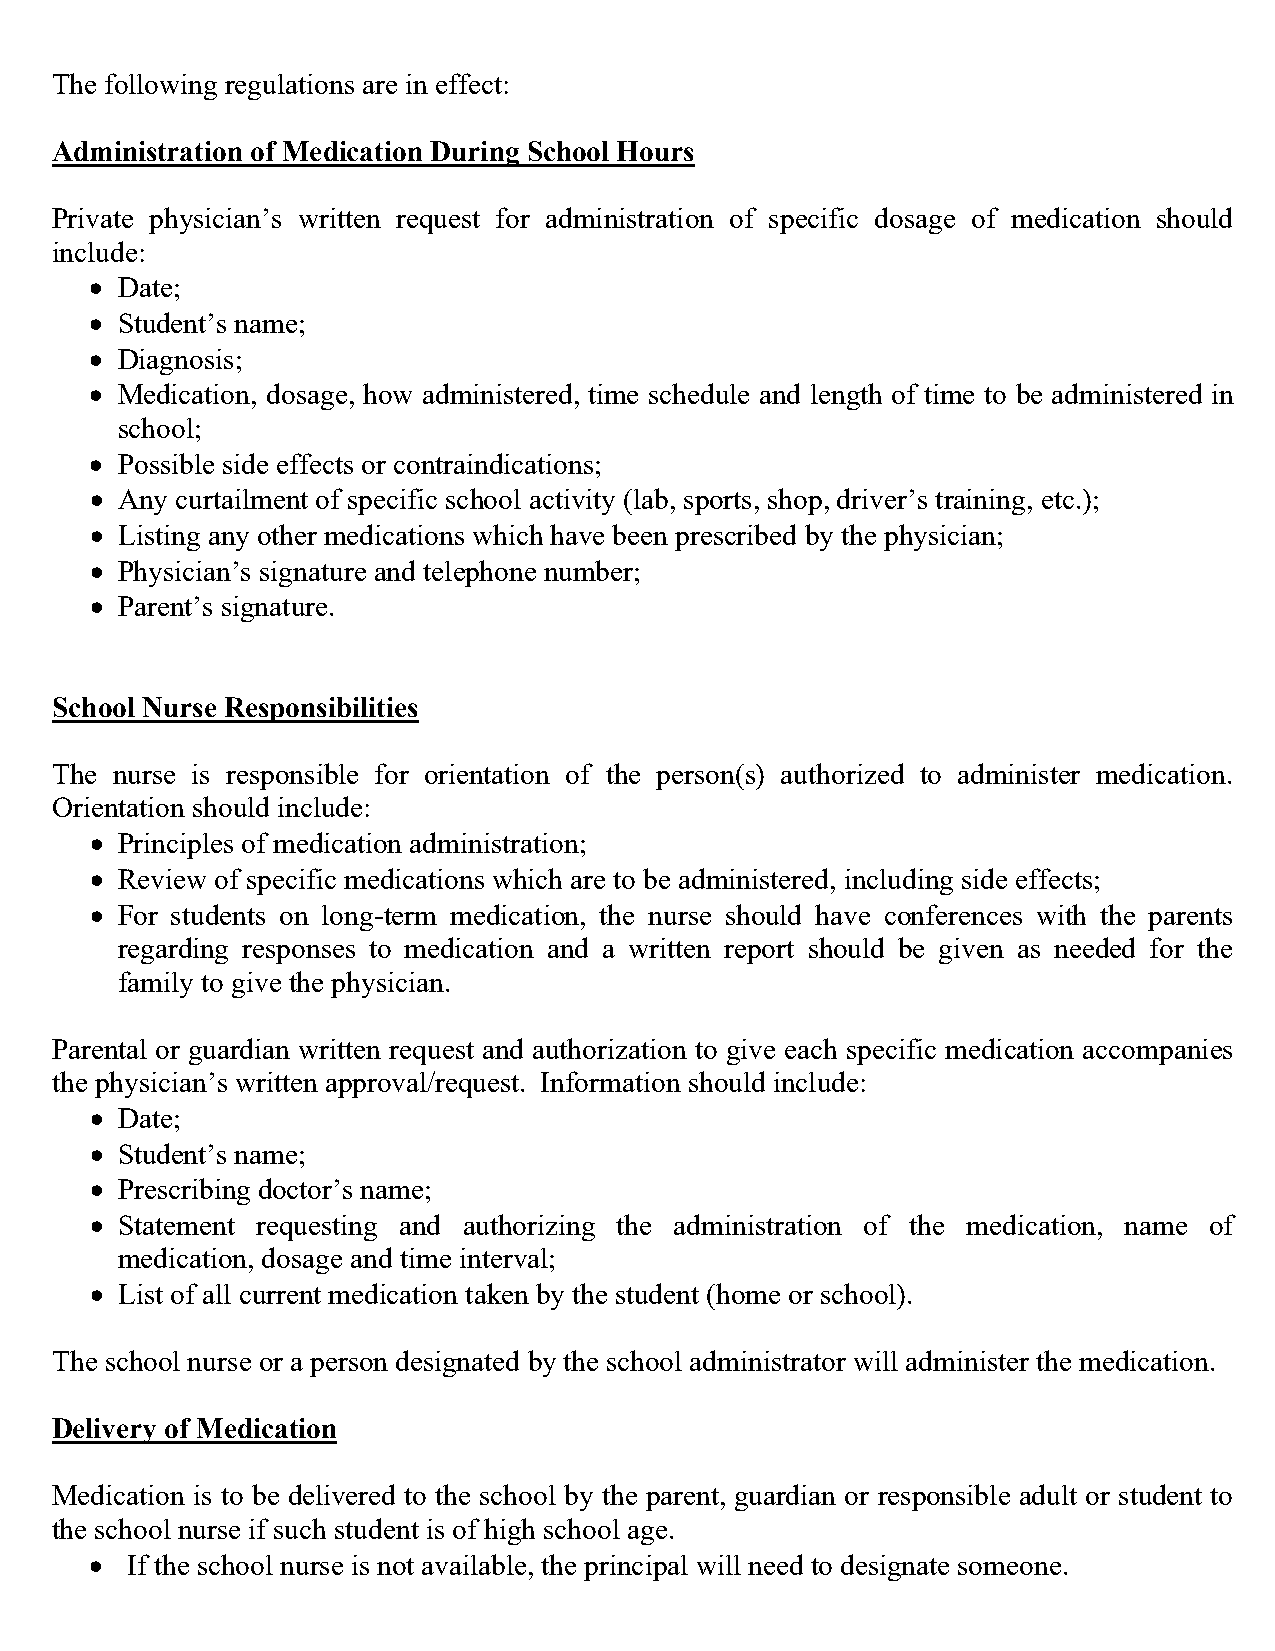
The following regulations are in effect:
 Administration of Medication During School Hours
 Private physician’s written request for administration of specific dosage of medication should
 include:
 • Date;
 • Student’s name;
 • Diagnosis;
 • Medication, dosage, how administered, time schedule and length of time to be administered in
 school;
 • Possible side effects or contraindications;
 • Any curtailment of specific school activity (lab, sports, shop, driver’s training, etc.);
 • Listing any other medications which have been prescribed by the physician;
 • Physician’s signature and telephone number;
 • Parent’s signature.
 School Nurse Responsibilities
 The nurse is responsible for orientation of the person(s) authorized to administer medication.
 Orientation should include:
 • Principles of medication administration;
 • Review of specific medications which are to be administered, including side effects;
 • For students on long-term medication, the nurse should have conferences with the parents
 regarding responses to medication and a written report should be given as needed for the
 family to give the physician.
 Parental or guardian written request and authorization to give each specific medication accompanies
 the physician’s written approval/request. Information should include:
 • Date;
 • Student’s name;
 • Prescribing doctor’s name;
 • Statement requesting and authorizing the administration of the medication, name of
 medication, dosage and time interval;
 • List of all current medication taken by the student (home or school).
 The school nurse or a person designated by the school administrator will administer the medication.
 Delivery of Medication
 Medication is to be delivered to the school by the parent, guardian or responsible adult or student to
 the school nurse if such student is of high school age.
 • If the school nurse is not available, the principal will need to designate someone.